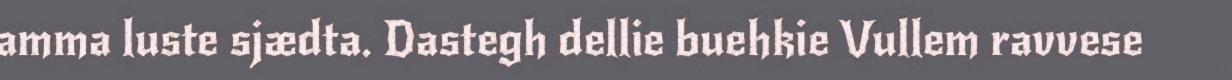
amma luste sjædta. Dastegh dellie buehkie Vullem ravvese